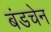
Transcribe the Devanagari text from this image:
बंडचेन